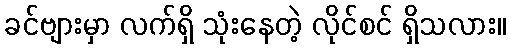
ခင်ဗျားမှာ လက်ရှိ သုံးနေတဲ့ လိုင်စင် ရှိသလား။